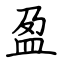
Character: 盈